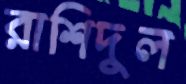
রাশিদুল